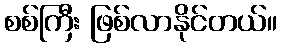
စစ်ကြီး ဖြစ်လာနိုင်တယ်။